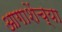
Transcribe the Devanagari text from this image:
आगाशेंच्या